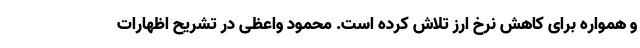
و همواره برای کاهش نرخ ارز تلاش کرده است. محمود واعظی در تشریح اظهارات